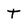
Character: T